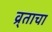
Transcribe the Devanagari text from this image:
व्र्ताचा